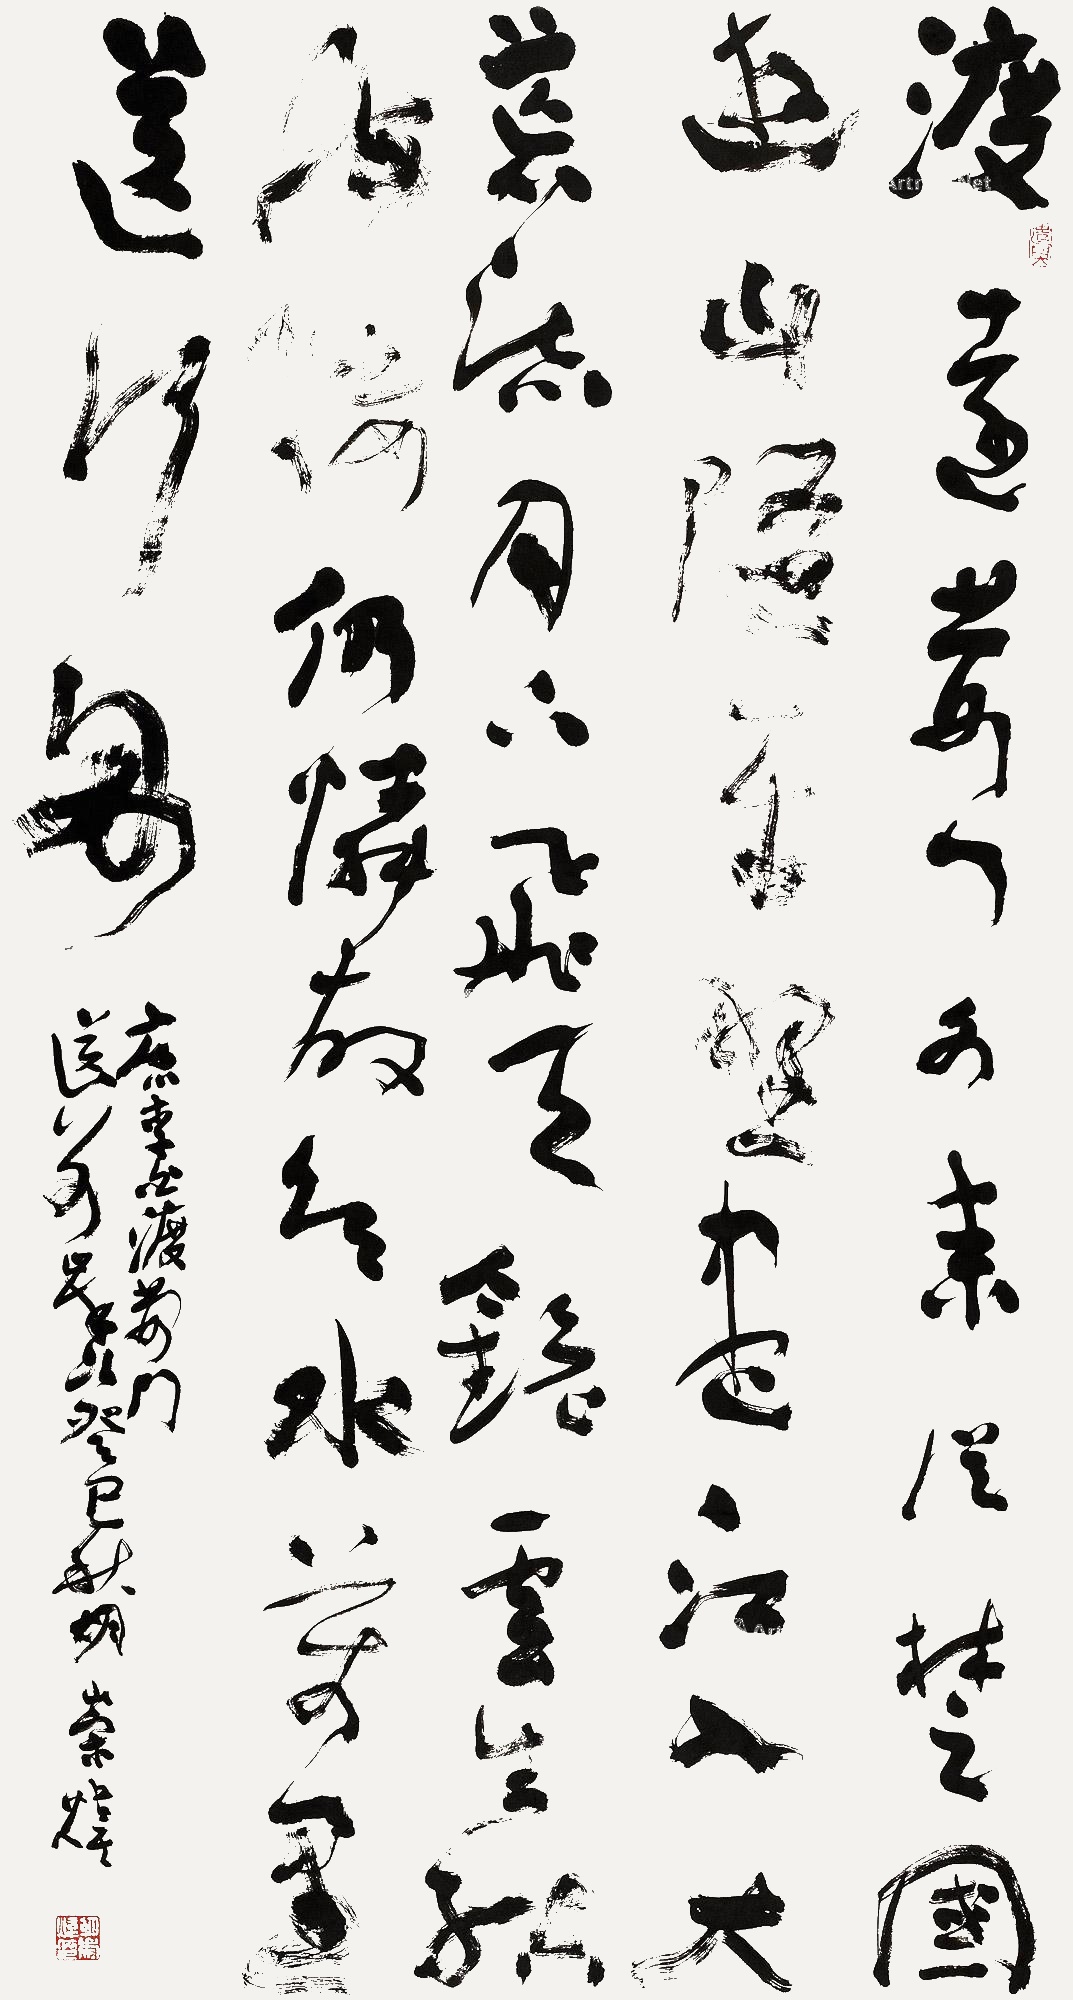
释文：渡远荆门外，来从楚国游。山随平野尽，江入大荒流。月下飞天境，云生结海楼。仍怜故乡水，万里送行舟。唐李白渡荆门送别。癸巳秋月胡崇炜。